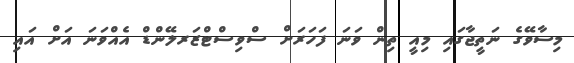
މިސާވޭގެ ނަތީޖާގައި މިއީ ތިން ވަނަ ފަހަރަށް ސްވިސްޓްޒަރލޭންޑް އެއްވަނަ އަށް އައި